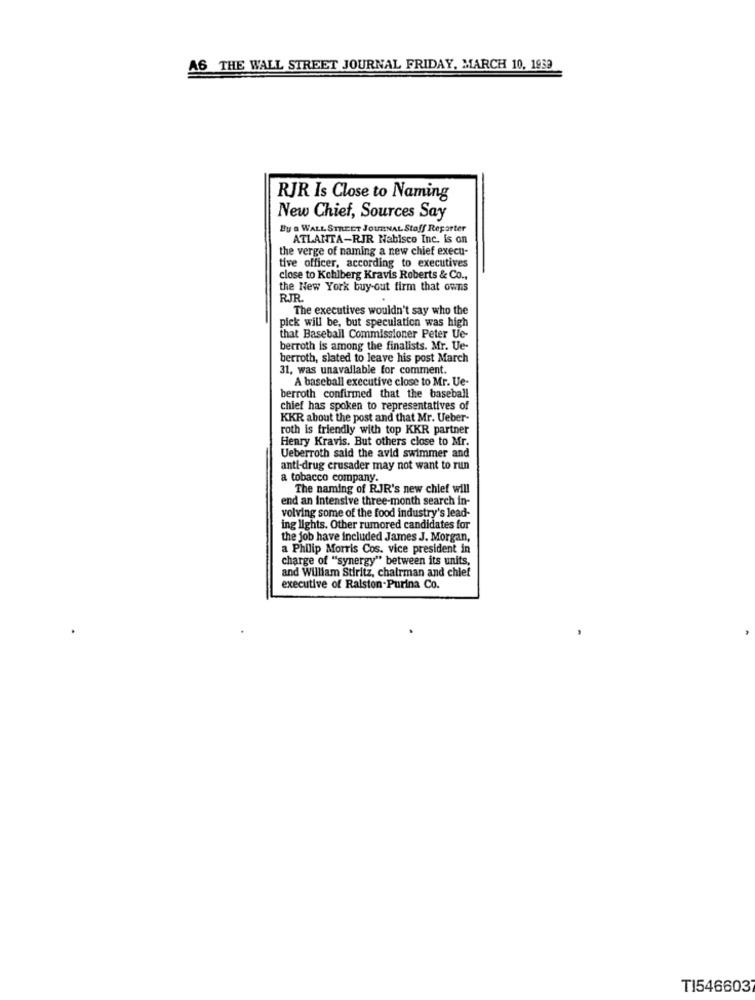
A6 THE WALL STREET JOURNAL FRIDAY, MARCH 10, 1939
RJR Is Close to Naming
New Chief, Sources Say
By a WALL STREET JOURNAL Stoff Reporter
ATLANTA-RIR Nabisco Inc. is on
the verge of naming a new chief execu-
tive officer, according to executives
close to Kchlberg Kravis Roberts & Co .,
the New York buy-out firm that owns
RJR.
The executives wouldn't say who the
pick will be, but speculation was high
that Baseball Commissioner Peter Ue-
berroth is among the finalists. Mr. Ue-
berroth, slated to leave his post March
31, was unavailable for comment.
A baseball executive close to Mr. Ue-
berroth confirmed that the baseball
chief has spoken to representatives of
KKR about the post and that Mr. Ueber-
roth is friendly with top KKR partner
Henry Kravis. But others close to Mr.
Ueberroth said the avid swimmer and
anti-drug crusader may not want to run
a tobacco company.
The naming of RJR's new chief will
end an intensive three-month search in-
volving some of the food industry's lead-
ing lights. Other rumored candidates for
the job have included James J. Morgan,
a Philip Morris Cos. vice president in
charge of "synergy" between its units,
and William Stiritz, chairman and chief
executive of Ralston-Purina Co.
TI546603